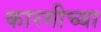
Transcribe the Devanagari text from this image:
कारगीच्या